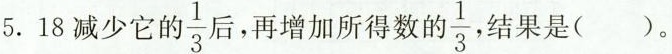
5.18减少它的\frac{1}{3}，再增加所得数的\frac{1}{3}结果是（）。